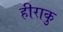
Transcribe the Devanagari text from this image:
हीराकु